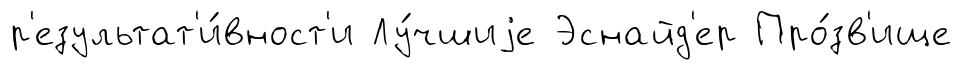
р'езультат'и́вност'и Лу́чшиjе Эснайд'ер Про́зв'ище